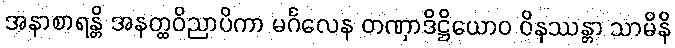
အနာစာရန္တိ အနတ္ထဝိညာပိကာ မင်္ဂလေန တဏှာဒိဋ္ဌိယောဝ ဝိနဿန္တာ သာမိနိ